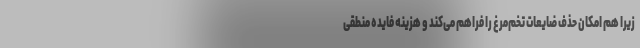
زیرا هم امکان حذف ضایعات تخم‌مرغ را فراهم می‌کند و هزینه فایده منطقی